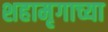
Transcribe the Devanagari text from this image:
शहामृगाच्या